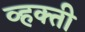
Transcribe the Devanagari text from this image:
व्हक्ती